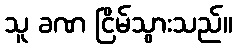
သူ ခဏ ငြိမ်သွားသည်။